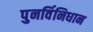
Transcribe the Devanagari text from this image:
पुनर्विनिधान